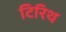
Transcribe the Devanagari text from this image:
टिरिथ